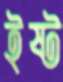
ইষ্ট